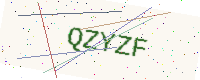
Text: QZYZF